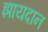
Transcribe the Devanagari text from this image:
झायदान